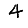
Digit: 4